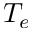
T _ { e }